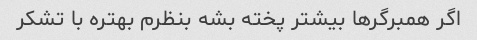
اگر همبرگر‌ها بیشتر پخته بشه بنظرم بهتره با تشکر